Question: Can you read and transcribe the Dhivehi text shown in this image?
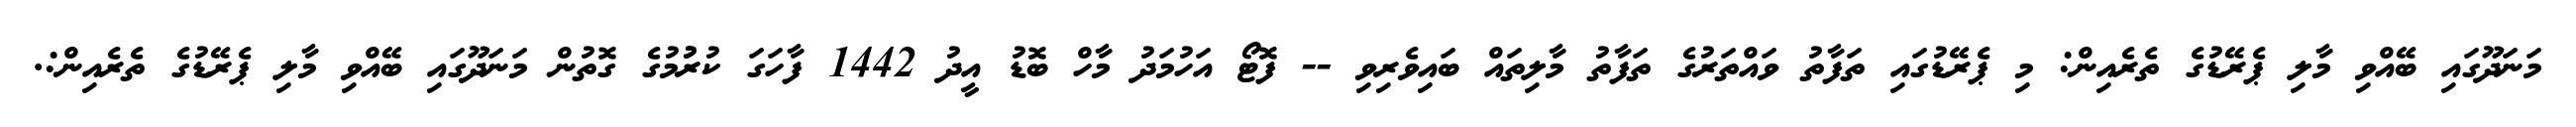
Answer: މަނަދޫގައި ބޭއްވި މާލި ޕެރޭޑުގެ ތެރެއިން: މި ޕެރޭޑުގައި ތަފާތު ވައްތަރުގެ ތަފާތު މާލިތައް ބައިވެރިވި -- ފޮޓޯ އަހުމަދު މާހް ބޮޑު އީދު 1442 ފާހަގަ ކުރުުމުގެ ގޮތުން މަނަދޫގައި ބޭއްވި މާލި ޕެރޭޑުގެ ތެރެއިން:.